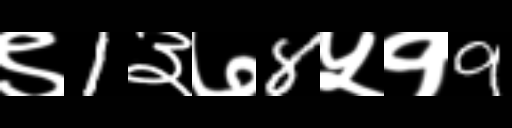
Text: ९1३७8५१9